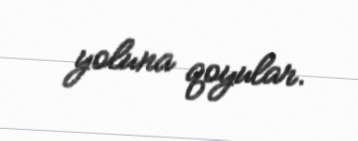
yoluna qoyular.